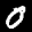
Label: 0